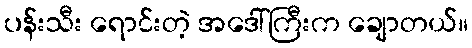
ပန်းသီး ရောင်းတဲ့ အဒေါ်ကြီးက ချောတယ်။